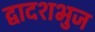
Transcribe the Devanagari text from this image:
द्वादशभुज